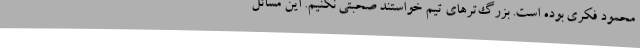
محمود فکری بوده است. بزرگ‌ترهای تیم خواستند صحبتی نکنیم. این مسائل